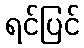
ရင်ပြင်